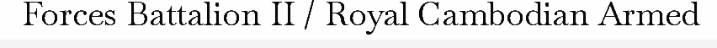
Forces Battalion II / Royal Cambodian Armed